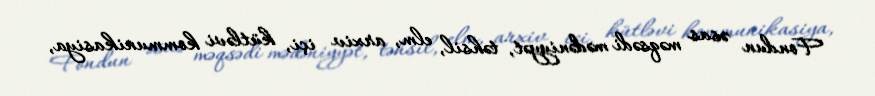
Fondun əsas məqsədi mədəniyyət, təhsil, elm, arxiv içi, kütləvi kommunikasiya,